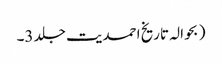
( بحوالہ تاریخ احمدیت جلد 3۔